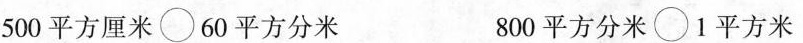
500平方厘米\bigcirc 60平方分米 800平方分米\bigcirc 1平方米